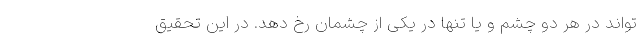
‌تواند در هر دو چشم و یا تنها در یکی از چشمان رخ دهد. در این تحقیق